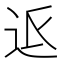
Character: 𮞅